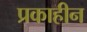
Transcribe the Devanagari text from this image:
प्रकाहीन